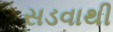
સડવાથી